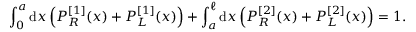
\int _ { 0 } ^ { a } \mathrm { d } x \left( P _ { R } ^ { [ 1 ] } ( x ) + P _ { L } ^ { [ 1 ] } ( x ) \right) + \int _ { a } ^ { \ell } \mathrm { d } x \left( P _ { R } ^ { [ 2 ] } ( x ) + P _ { L } ^ { [ 2 ] } ( x ) \right) = 1 .